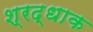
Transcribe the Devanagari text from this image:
श्रद्धाक